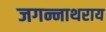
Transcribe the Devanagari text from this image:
जगन्नाथराय